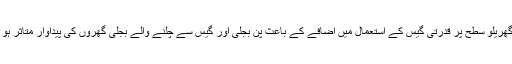
یہ امر قابل ذکر ہے کہ موسم سرما میں دریاؤں میں پانی کے بہاؤ میں کمی اور گھریلو سطح پر قدرتی گیس کے استعمال میں اضافے کے باعث پن بجلی اور گیس سے چلنے والے بجلی گھروں کی پیداوار متاثر ہو گی، جس سے بجلی کی بندش کے اوقات میں اضافے کے امکانات بڑھ گئے ہیں۔